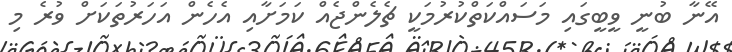
އޭނާ ބުނީ ވީބީގައި މަސައްކަތްކުރުމަކީ ޗެލެންޖެއް ކަމަށާއި އެހެން އަހަރުތަކަށް ވުރެ މި